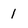
Character: 1